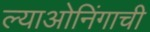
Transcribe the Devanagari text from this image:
ल्याओनिंगाची